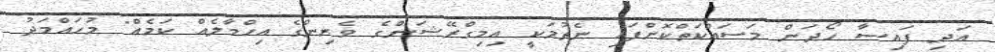
އަދި ފައިސާ ހޯދަން މަސައްކަތްކޮށްފައި ނެތުމަކީ އިމިގްރޭޝަންގެ ވެރިންގެ އިހްމާލެއް ކަމެއް" މުހައްމަދު